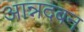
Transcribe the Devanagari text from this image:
आन्नदबन